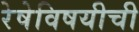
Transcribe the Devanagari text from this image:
रेषेविषयीची